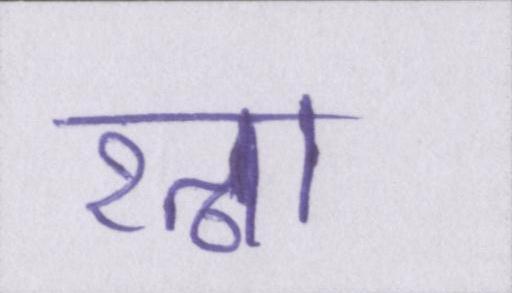
रत्ना